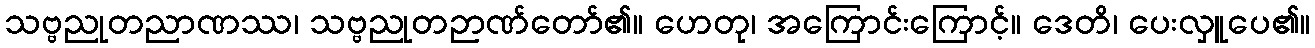
သဗ္ဗညုတညာဏဿ၊ သဗ္ဗညုတဉာဏ်တော်၏။ ဟေတု၊ အကြောင်းကြောင့်။ ဒေတိ၊ ပေးလှူပေ၏။